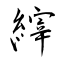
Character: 縡